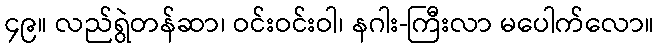
၄၉။ လည်ရွဲတန်ဆာ၊ ဝင်းဝင်းဝါ၊ နဂါး-ကြီးလာ မပေါက်လော။